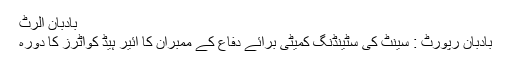
بادبان الرٹ
بادبان رپورٹ : سینٹ کی سٹینڈنگ کمیٹی برائے دفاع کے ممبران کا ائیر ہیڈ کواٹرز کا دورہ